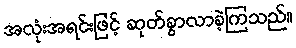
အလုံးအရင်းဖြင့် ဆုတ်ခွာလာခဲ့ကြသည်။